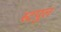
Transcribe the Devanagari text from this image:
स्टपुल